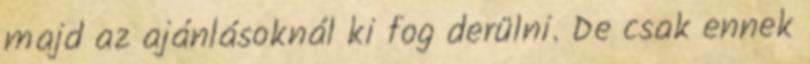
majd az ajánlásoknál ki fog derülni. De csak ennek